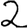
Digit: 2